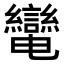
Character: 𦇷